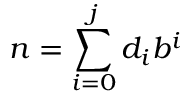
n = \sum _ { i = 0 } ^ { j } d _ { i } b ^ { i }